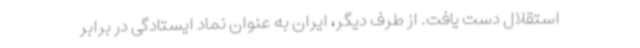
استقلال دست یافت. از طرف دیگر، ایران به عنوان نماد ایستادگی در برابر